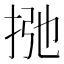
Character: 𰓩